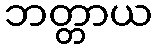
ဘတ္တာယ